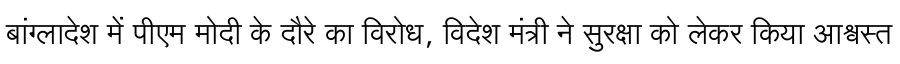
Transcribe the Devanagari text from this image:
बांग्लादेश में पीएम मोदी के दौरे का विरोध, विदेश मंत्री ने सुरक्षा को लेकर किया आश्वस्त